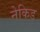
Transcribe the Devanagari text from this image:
नेकिड